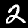
Digit: 2